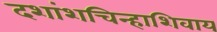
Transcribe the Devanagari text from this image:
दशांशचिन्हाशिवाय